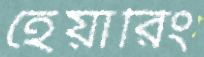
হেয়ারিং